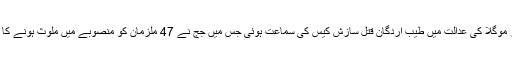
ترک میڈیا رپورٹس کے مطابق ترکی کے جنوب مغربی شہر موگلا کی عدالت میں طیب اردگان قتل سازش کیس کی سماعت ہوئی جس میں جج نے 47 ملزمان کو منصوبے میں ملوث ہونے کا مجرم ٹھہرایا اور ان میں سے 34 کو عمر قید کی سزا سنائی۔